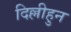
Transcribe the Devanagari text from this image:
दिल्लीहुन